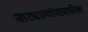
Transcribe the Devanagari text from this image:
नाट्यप्रयोगामधील